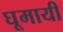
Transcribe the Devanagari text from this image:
घूमायी